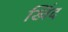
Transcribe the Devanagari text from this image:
खिंद